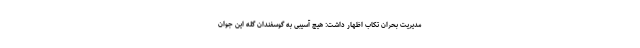
مدیریت بحران تکاب اظهار داشت: هیچ آسیبی به گوسفندان گله این جوان